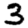
Digit: 3